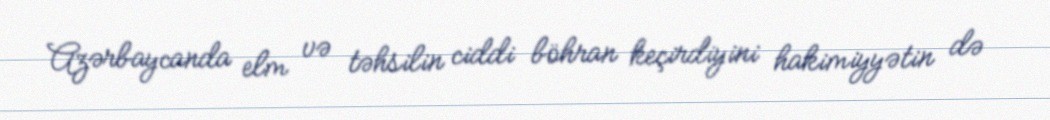
Azərbaycanda elm və təhsilin ciddi böhran keçirdiyini hakimiyyətin də